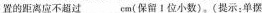
置的距离应不超过___cm(保留1位小数),(提示：单摆